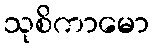
သုစိကာမော